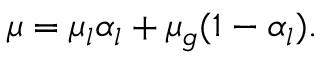
\mu = \mu _ { l } \alpha _ { l } + \mu _ { g } ( 1 - \alpha _ { l } ) .